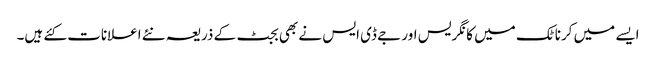
ایسے میں کرناٹک میں کانگریس اور جے ڈی ایس نے بھی بجٹ کے ذریعہ نئے اعلانات کئے ہیں۔